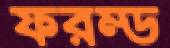
ফরম্ড